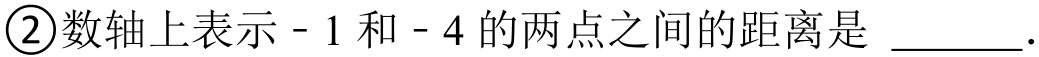
\textcircled{2}数轴上表示\(-1\)和\(-4\)的两点之间的距离是 \(\underline{\quad\quad}\).